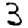
Digit: 3